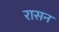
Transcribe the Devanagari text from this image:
रासन